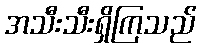
အသီးသီးရှိကြသည်